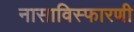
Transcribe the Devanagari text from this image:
नासाविस्फारणी